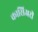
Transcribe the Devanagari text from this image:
कासिअरी